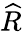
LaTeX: \widehat{R}